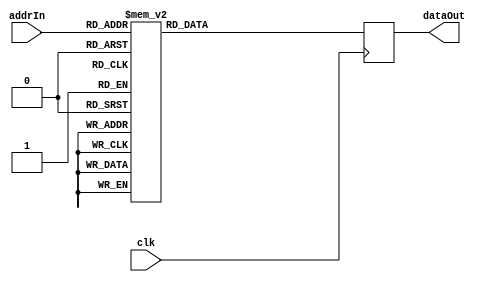
module testRom1(
    input clk,
    input [3:0] addrIn,
    output reg [7:0] dataOut = 0
    );

    always @ (posedge clk)
        case (addrIn)
            4'h0 : dataOut = 8'h2B;
            4'h1 : dataOut = 8'h5B;
            4'h2 : dataOut = 8'h2E;
            4'h3 : dataOut = 8'h2B;
            4'h4 : dataOut = 8'h5D;
            4'h5 : dataOut = 8'h3E;
            4'h6 : dataOut = 8'h2C;
            4'h7 : dataOut = 8'h5B;
            4'h8 : dataOut = 8'h2E;
            4'h9 : dataOut = 8'h2D;
            4'hA : dataOut = 8'h5D;
            default : dataOut = 8'h00;
        endcase

endmodule